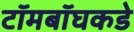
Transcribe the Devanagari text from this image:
टॉमबॉघकडे